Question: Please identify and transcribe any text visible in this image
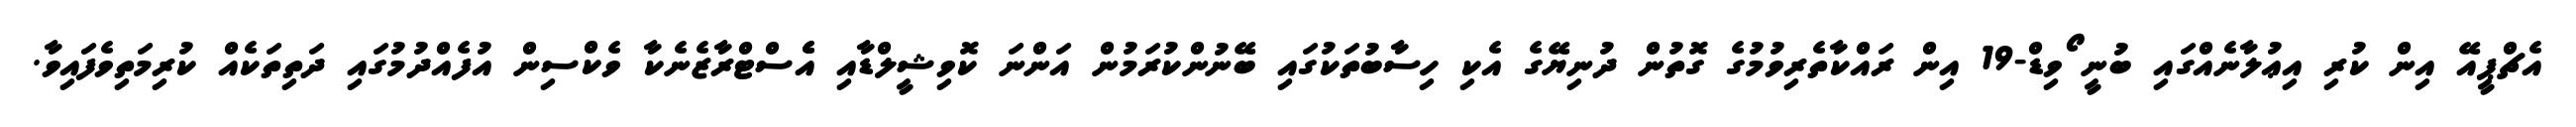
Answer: އެޗްޕީއޭ އިން ކުރި އިޢުލާނެއްގައި ބުނީ ޯވިޑް-19 އިން ރައްކާތެރިވުމުގެ ގޮތުން ދުނިޔޭގެ އެކި ހިސާބުތަކުގައި ބޭނުންކުރަމުން އަންނަ ކޮވިޝީލްޑާއި އެެސްޓްރާޒެނެކާ ވެކްސިން އުފެއްދުމުގައި ދަތިތަކެއް ކުރިމަތިވެފައިވާ.